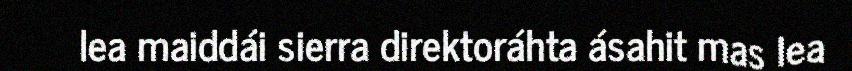
lea maiddái sierra direktoráhta ásahit mas lea